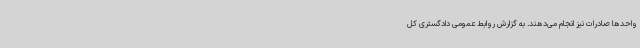
واحدها صادرات نیز انجام می‌دهند. به گزارش روابط عمومی دادگستری کل